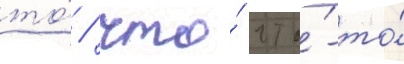
то́ / что́ что́-то́